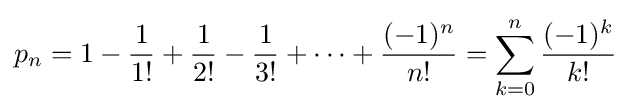
p_{n}=1-{\frac {1}{1!}}+{\frac {1}{2!}}-{\frac {1}{3!}}+\cdots +{\frac {(-1)^{n}}{n!}}=\sum _{k=0}^{n}{\frac {(-1)^{k}}{k!}}